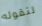
لتقوله